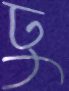
ঢু